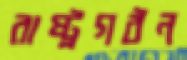
রাষ্ট্রগঠন